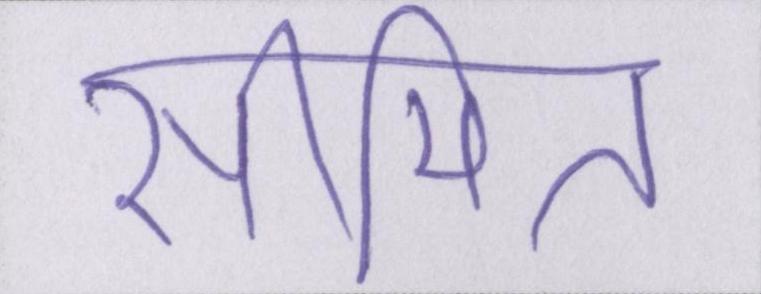
सीमित